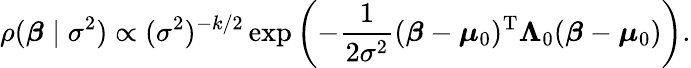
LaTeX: \rho({\boldsymbol{\beta}}\mid\sigma^{2})\propto(\sigma^{2})^{-k/2}\exp\left(-{\frac{1}{2\sigma^{2}}}({\boldsymbol{\beta}}-{\boldsymbol{\mu}}_{0})^{\mathrm{{T}}}\mathbf{\Lambda}_{0}({\boldsymbol{\beta}}-{\boldsymbol{\mu}}_{0})\right).